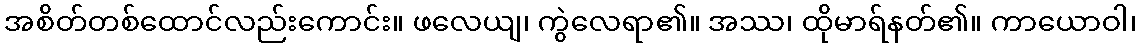
အစိတ်တစ်ထောင်လည်းကောင်း။ ဖလေယျ၊ ကွဲလေရာ၏။ အဿ၊ ထိုမာရ်နတ်၏။ ကာယောဝါ၊